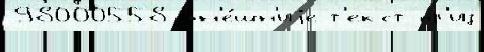
98000558 вн'е́шн'иjе т'екст пр'из